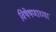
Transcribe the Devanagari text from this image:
विषेषणाच्या